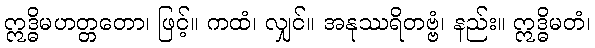
ဣဒ္ဓိမဟတ္တတော၊ ဖြင့်။ ကထံ၊ လျှင်။ အနုဿရိတဗ္ဗံ၊ နည်း။ ဣဒ္ဓိမတံ၊